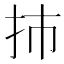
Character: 㧊